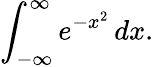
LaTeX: \int_{-\infty}^{\infty}e^{-x^{2}}\, dx.